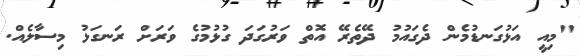
"މިއީ އަޅުގަނޑުމެން ދެގައުމު ދޭތެރޭ އޮތް ވަރުގަދަ ގުޅުމުގެ ވަރަށް ރަނގަޅު މިސާލެއް.